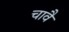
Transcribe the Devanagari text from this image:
चावै